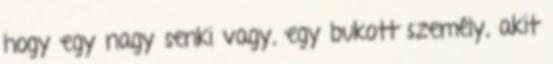
hogy egy nagy senki vagy, egy bukott személy, akit